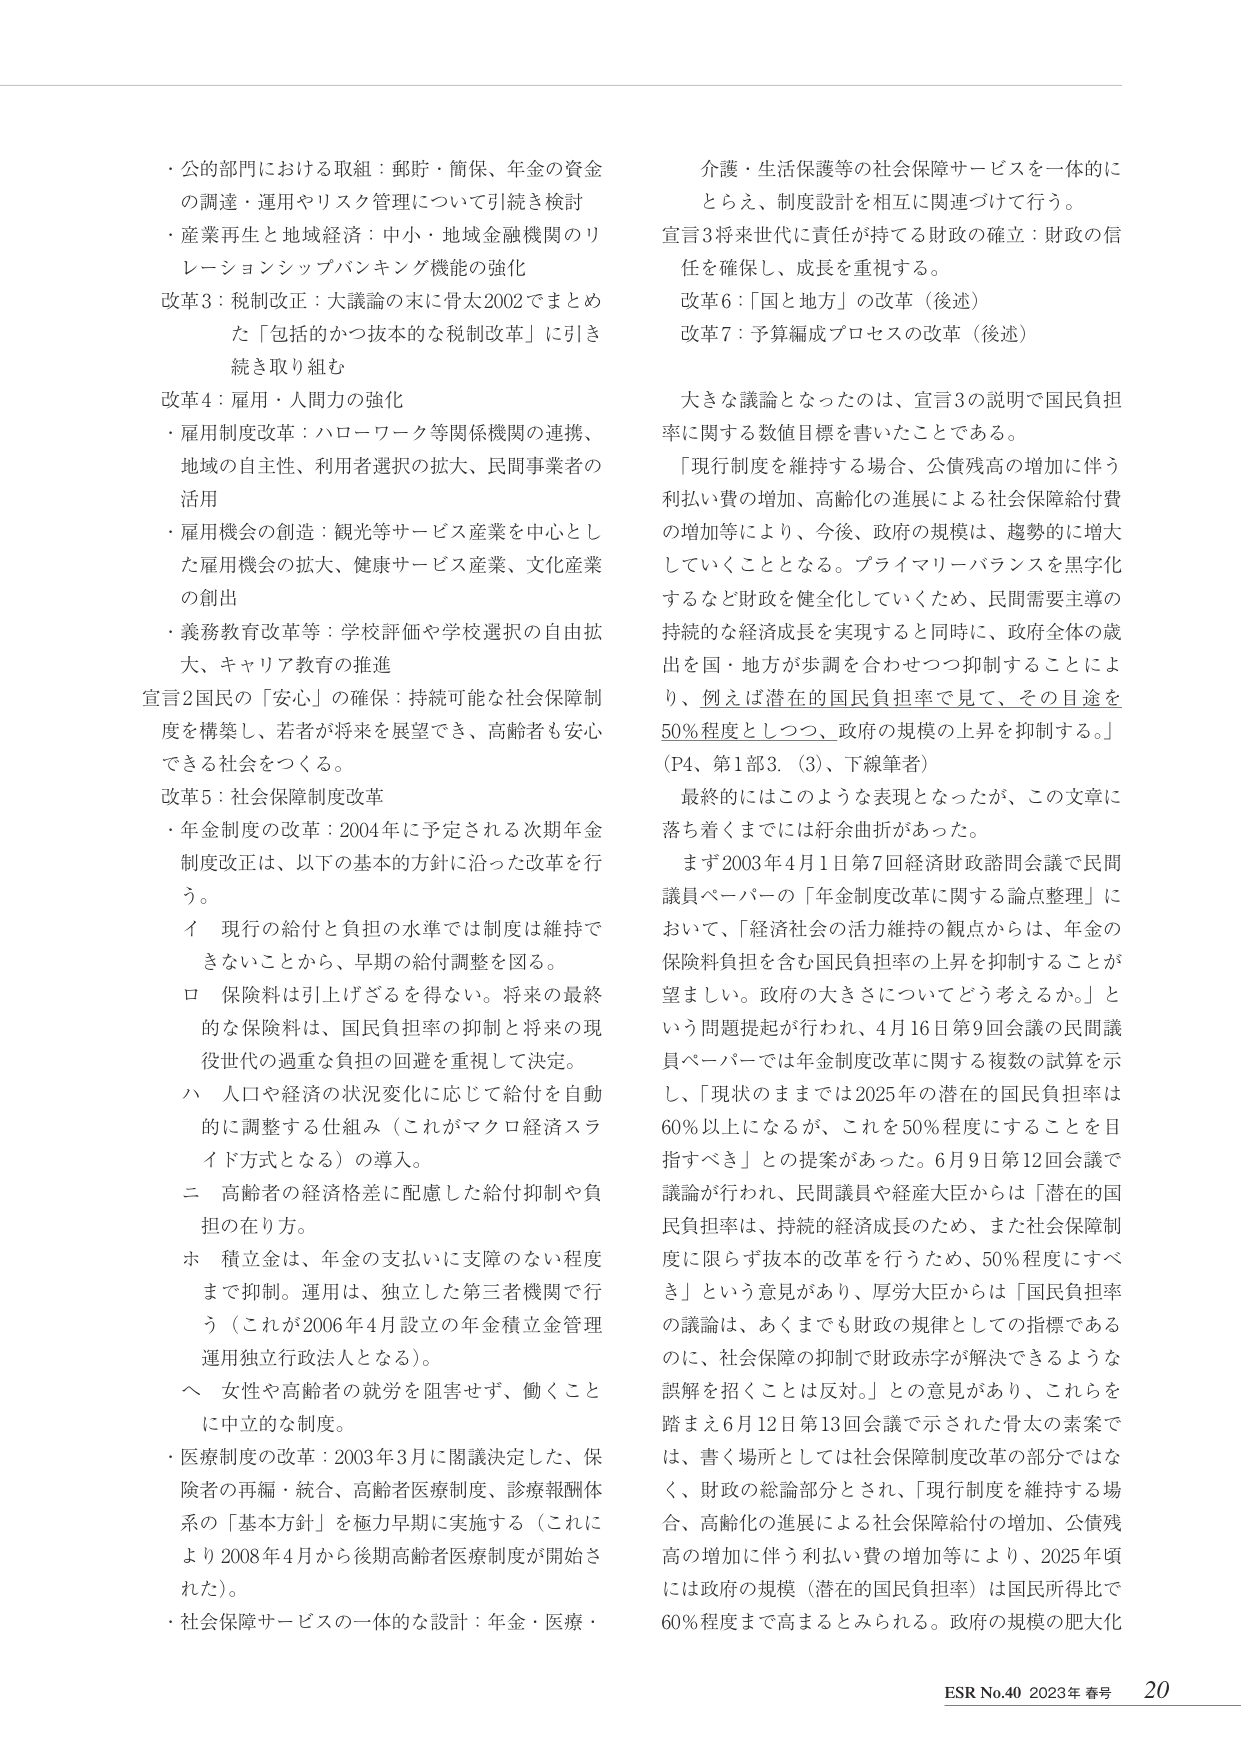
・公的部門における取組：郵貯・簡保、年金の資金の調達・運用やリスク管理について引続き検討
・産業再生と地域経済：中小・地域金融機関のリレーションシップバンキング機能の強化
改革3：税制改正：大議論の末に骨太2002でまとめた「包括的かつ抜本的な税制改革」に引き続き取り組む
改革4：雇用・人間力の強化
・雇用制度改革：ハローワーク等関係機関の連携、地域の自主性、利用者選択の拡大、民間事業者の活用
・雇用機会の創造：観光等サービス産業を中心とした雇用機会の拡大、健康サービス産業、文化産業の創出
・義務教育改革等：学校評価や学校選択の自由拡大、キャリア教育の推進
宣言2国民の「安心」の確保：持続可能な社会保障制度を構築し、若者が将来を展望でき、高齢者も安心できる社会をつくる。
改革5：社会保障制度改革
・年金制度の改革：2004年に予定される次期年金制度改正は、以下の基本的方針に沿った改革を行う。
　イ 現行の給付と負担の水準では制度は維持できないことから、早期の給付調整を図る。
　ロ 保険料は引上げざるを得ない。将来の最終的な保険料は、国民負担率の抑制と将来の現役世代の過重な負担の回避を重視して決定。
　ハ 人口や経済の状況変化に応じて給付を自動的に調整する仕組み（これがマクロ経済スライド方式となる）の導入。
　ニ 高齢者の経済格差に配慮した給付抑制や負担の在り方。
　ホ 積立金は、年金の支払いに支障のない程度まで抑制。運用は、独立した第三者機関で行う（これが2006年4月設立の年金積立金管理運用独立行政法人となる）。
　ヘ 女性や高齢者の就労を阻害せず、働くことに中立的な制度。
・医療制度の改革：2003年3月に閣議決定した、保険者の再編・統合、高齢者医療制度、診療報酬体系の「基本方針」を極力早期に実施する（これにより2008年4月から後期高齢者医療制度が開始された）。
・社会保障サービスの一体的な設計：年金・医療・介護・生活保護等の社会保障サービスを一体的にとらえ、制度設計を相互に関連づけて行う。
宣言3将来世代に責任が持てる財政の確立：財政の信任を確保し、成長を重視する。
改革6：「国と地方」の改革（後述）
改革7：予算編成プロセスの改革（後述）
大きな議論となったのは、宣言3の説明で国民負担率に関する数値目標を書いたことである。
「現行制度を維持する場合、公債残高の増加に伴う利払い費の増加、高齢化の進展による社会保障給付費の増加等により、今後、政府の規模は、趨勢的に増大していくこととなる。プライマリーバランスを黒字化するなど財政を健全化していくため、民間需要主導の持続的な経済成長を実現すると同時に、政府全体の歳出を国・地方が歩調を合わせつつ抑制することにより、例えば潜在的国民負担率で見て、その目途を50％程度としつつ、政府の規模の上昇を抑制する。」
（P4、第1部3．（3）、下線筆者）
最終的にはこのような表現となったが、この文章に落ち着くまでには紆余曲折があった。
まず2003年4月1日第7回経済財政諮問会議で民間議員ペーパーの「年金制度改革に関する論点整理」において、「経済社会の活力維持の観点からは、年金の保険料負担を含む国民負担率の上昇を抑制することが望ましい。政府の大きさについてどう考えるか。」という問題提起が行われ、4月16日第9回会議の民間議員ペーパーでは年金制度改革に関する複数の試算を示し、「現状のままでは2025年の潜在的国民負担率は60％以上になるが、これを50％程度にすることを目指すべき」との提案があった。6月9日第12回会議で議論が行われ、民間議員や経産大臣からは「潜在的国民負担率は、持続的経済成長のため、また社会保障制度に限らず抜本的改革を行うため、50％程度にすべき」という意見があり、厚労大臣からは「国民負担率の議論は、あくまでも財政の規律としての指標であるのに、社会保障の抑制で財政赤字が解決できるような誤解を招くことは反対。」との意見があり、これらを踏まえ6月12日第13回会議で示された骨太の素案では、害く場所としては社会保障制度改革の部分ではなく、財政の総論部分とされ、「現行制度を維持する場合、高齢化の進展による社会保障給付の増加、公債残高の増加に伴う利払い費の増加等により、2025年頃には政府の規模（潜在的国民負担率）は国民所得比で60％程度まで高まるとみられる。政府の規模の肥大化

ESR No.40 2023年 春号 20